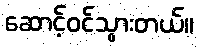
ဆောင့်ဝင်သွားတယ်။